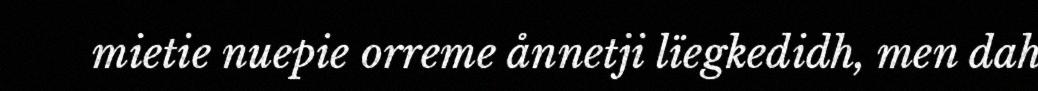
mietie nuepie orreme ånnetji lïegkedidh, men dah